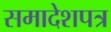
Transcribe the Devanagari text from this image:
समादेशपत्र